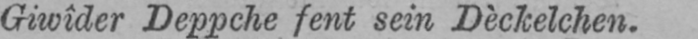
Giwîder Deppche fent sein Dèckelchen.